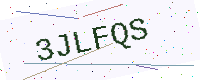
Text: 3JLFQS